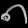
Digit: ၈